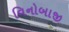
વિનોબાજી